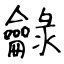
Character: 龣